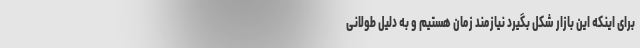
برای اینکه این بازار شکل بگیرد نیازمند زمان هستیم و به دلیل طولانی